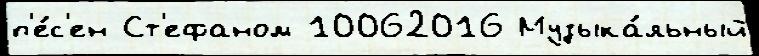
п'е́с'ен Ст'ефаном 10062016 Музыка́льный